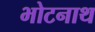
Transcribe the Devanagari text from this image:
भोटनाथ